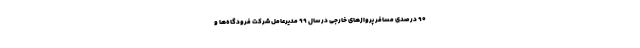
۹۰ درصدی مسافر پروازهای خارجی در سال ۹۹ مدیرعامل شرکت فرودگاه‌ها و